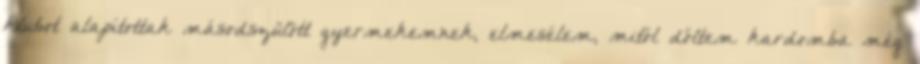
klubot alapítottak másodszülött gyermekemnek, elmesélem, mitől dőltem kardomba még